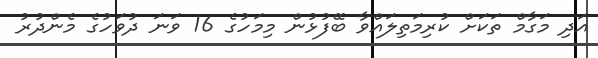
އަދި މަގާމް ތަކަށް ކުރިމަތިލައްވާ ބޭފުޅުން މިމަހުގެ 16 ވަނަ ދުވަހުގެ މެންދުރު